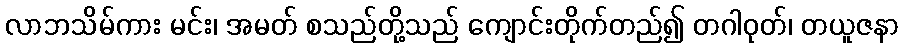
လာဘသိမ်ကား မင်း၊ အမတ် စသည်တို့သည် ကျောင်းတိုက်တည်၍ တဂါဝုတ်၊ တယူဇနာ